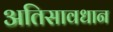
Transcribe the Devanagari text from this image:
अतिसावधान